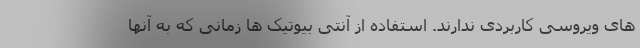
های ویروسی کاربردی ندارند. استفاده از آنتی بیوتیک ها زمانی که به آنها